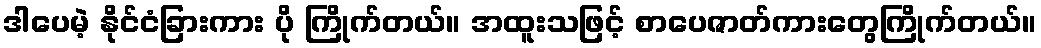
ဒါပေမဲ့ နိုင်ငံခြားကား ပို ကြိုက်တယ်။ အထူးသဖြင့် စာပေဇာတ်ကားတွေကြိုက်တယ်။